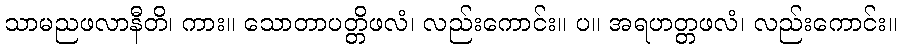
သာမညဖလာနီတိ၊ ကား။ သောတာပတ္တိဖလံ၊ လည်းကောင်း။ ပ။ အရဟတ္တဖလံ၊ လည်းကောင်း။